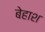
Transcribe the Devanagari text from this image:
बेहाश